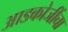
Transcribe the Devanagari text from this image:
आडकोजींचा